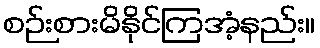
စဉ်းစားမိနိုင်ကြအံ့နည်း။